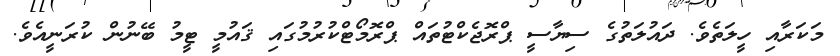
މަކަރާއި ހީލަތެވެ. ދައުލަތުގެ ސިޔާސީ ޕްރޮޖެކްޓުތައް ޕްރޮމޯޓްކުރުމުގައި ޤައުމީ ޓީމު ބޭނުން ކުރަނީއެވެ.